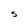
Character: S